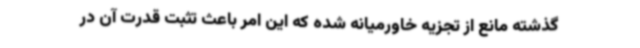
گذشته مانع از تجزیه خاورمیانه شده که این امر باعث تثبت قدرت آن در